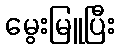
မွေးမြူပြီး